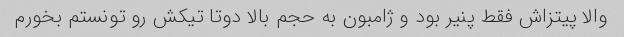
والا پیتزاش فقط پنیر بود و ژامبون به حجم بالا دوتا تیکش رو تونستم بخورم